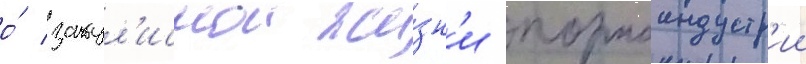
о́ закул'иснои жи́зн'и порноиндустр'ии